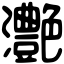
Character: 灔